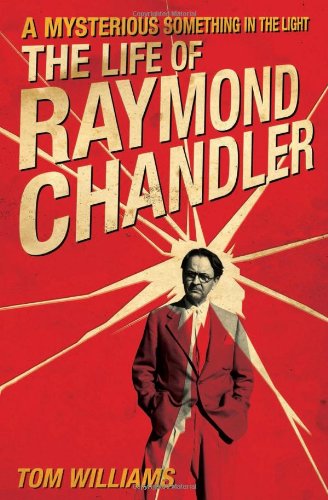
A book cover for A Mysterious Something in the Light: The Life of Raymond Chandler; Tom Williams; Mystery, Thriller & Suspense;